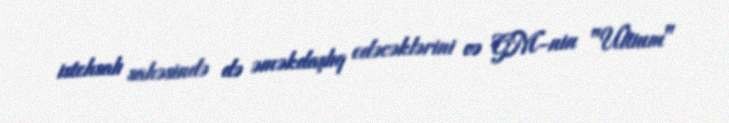
istehsalı sahəsində də əməkdaşlıq edəcəklərini və GM-nin "Ultium"